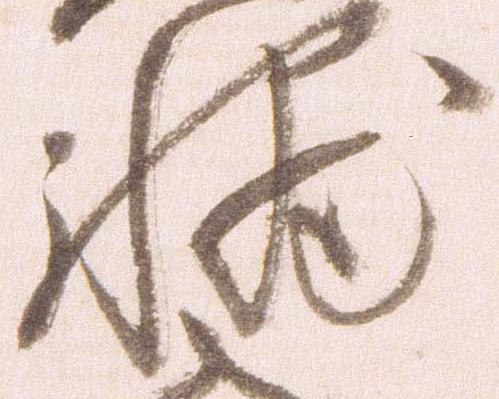
輔